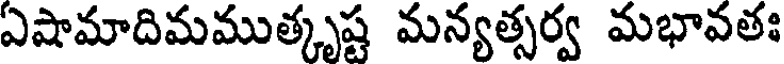
ఏషామాదిమముత్కృష్ట మన్యత్సర్వ మభావతః